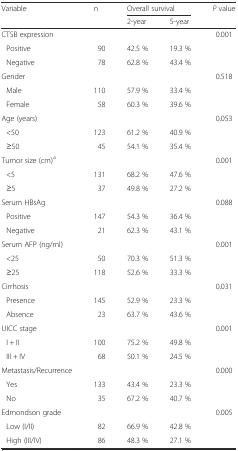
<table><thead><tr><td rowspan="2"><b>Variable</b></td><td rowspan="2"><b>n</b></td><td colspan="2"><b>Overall survival</b></td><td rowspan="2"><b><i>P</i> value</b></td></tr><tr><td><b>2-year</b></td><td><b>5-year</b></td></tr></thead><tbody><tr><td>CTSB expression</td><td></td><td></td><td></td><td>0.001</td></tr><tr><td>Positive</td><td>90</td><td>42.5 %</td><td>19.3 %</td><td></td></tr><tr><td>Negative</td><td>78</td><td>62.8 %</td><td>43.4 %</td><td></td></tr><tr><td>Gender</td><td></td><td></td><td></td><td>0.518</td></tr><tr><td>Male</td><td>110</td><td>57.9 %</td><td>33.4 %</td><td></td></tr><tr><td>Female</td><td>58</td><td>60.3 %</td><td>39.6 %</td><td></td></tr><tr><td>Age (years)</td><td></td><td></td><td></td><td>0.053</td></tr><tr><td>&lt;50</td><td>123</td><td>61.2 %</td><td>40.9 %</td><td></td></tr><tr><td>≥50</td><td>45</td><td>54.1 %</td><td>35.4 %</td><td></td></tr><tr><td>Tumor size (cm)<sup>a</sup></td><td></td><td></td><td></td><td>0.001</td></tr><tr><td>&lt;5</td><td>131</td><td>68.2 %</td><td>47.6 %</td><td></td></tr><tr><td>≥5</td><td>37</td><td>49.8 %</td><td>27.2 %</td><td></td></tr><tr><td>Serum HBsAg</td><td></td><td></td><td></td><td>0.088</td></tr><tr><td>Positive</td><td>147</td><td>54.3 %</td><td>36.4 %</td><td></td></tr><tr><td>Negative</td><td>21</td><td>62.3 %</td><td>43.1 %</td><td></td></tr><tr><td>Serum AFP (ng/ml)</td><td></td><td></td><td></td><td>0.001</td></tr><tr><td>&lt;25</td><td>50</td><td>70.3 %</td><td>51.3 %</td><td></td></tr><tr><td>≥25</td><td>118</td><td>52.6 %</td><td>33.3 %</td><td></td></tr><tr><td>Cirrhosis</td><td></td><td></td><td></td><td>0.031</td></tr><tr><td>Presence</td><td>145</td><td>52.9 %</td><td>23.3 %</td><td></td></tr><tr><td>Absence</td><td>23</td><td>63.7 %</td><td>43.6 %</td><td></td></tr><tr><td>UICC stage</td><td></td><td></td><td></td><td>0.001</td></tr><tr><td>I + II</td><td>100</td><td>75.2 %</td><td>49.8 %</td><td></td></tr><tr><td>III + IV</td><td>68</td><td>50.1 %</td><td>24.5 %</td><td></td></tr><tr><td>Metastasis/Recurrence</td><td></td><td></td><td></td><td>0.000</td></tr><tr><td>Yes</td><td>133</td><td>43.4 %</td><td>23.3 %</td><td></td></tr><tr><td>No</td><td>35</td><td>67.2 %</td><td>40.7 %</td><td></td></tr><tr><td>Edmondson grade</td><td></td><td></td><td></td><td>0.005</td></tr><tr><td>Low (I/II)</td><td>82</td><td>66.9 %</td><td>42.8 %</td><td></td></tr><tr><td>High (III/IV)</td><td>86</td><td>48.3 %</td><td>27.1 %</td><td></td></tr></tbody></table>